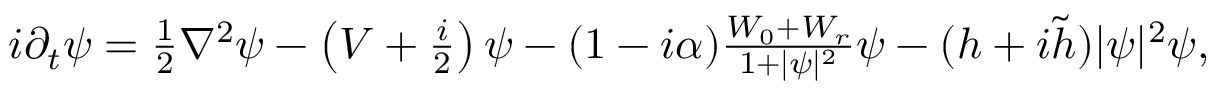
\begin{array} { r } { i \partial _ { t } \psi = \frac { 1 } { 2 } \nabla ^ { 2 } \psi - \left( V + \frac { i } { 2 } \right) \psi - ( 1 - i \alpha ) \frac { W _ { 0 } + W _ { r } } { 1 + | \psi | ^ { 2 } } \psi - ( h + i \tilde { h } ) | \psi | ^ { 2 } \psi , } \end{array}